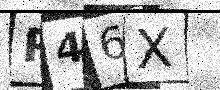
Text: R46X